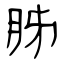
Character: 胏